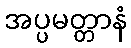
အပ္ပမတ္တာနံ